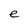
Character: e